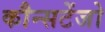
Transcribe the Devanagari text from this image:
कौन्सटेंजो